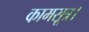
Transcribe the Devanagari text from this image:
कामसूत्र।